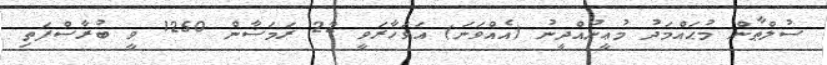
ސުލްޠާން މުޙައްމަދު މުޢީނުއްދީނު (އެއްވަނަ) އަވަހާރަވީ 22 ރަމަޟާން 1250 ވީ ބުރާސްފަތި